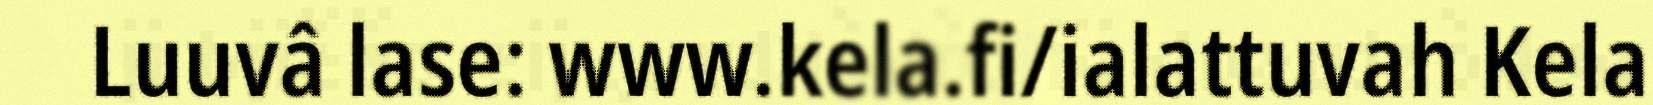
Luuvâ lase: www.kela.fi/ialattuvah Kela